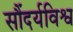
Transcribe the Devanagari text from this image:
सौंदर्यविश्व